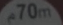
70m